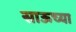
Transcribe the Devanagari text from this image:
साऊच्या